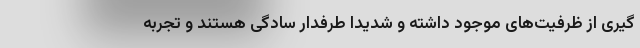
گیری از ظرفیت­های موجود داشته و شدیدا طرفدار سادگی­ هستند و تجربه